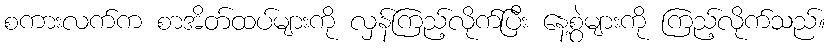
စကားလက်က စာအိတ်ထပ်များကို လှန်ကြည့်လိုက်ပြီး နေ့စွဲများကို ကြည့်လိုက်သည်။